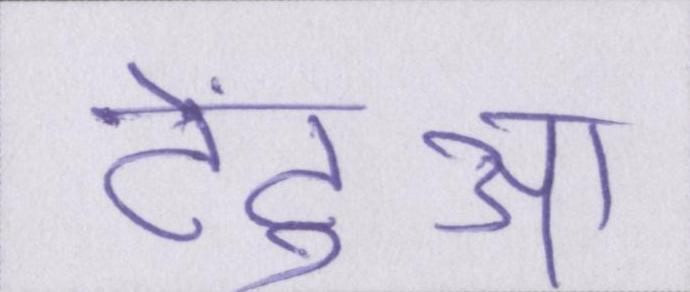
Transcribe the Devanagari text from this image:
टेंटुआ